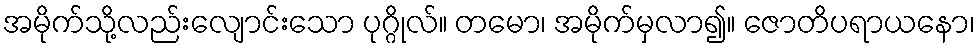
အမိုက်သို့လည်းလျောင်းသော ပုဂ္ဂိုလ်။ တမော၊ အမိုက်မှလာ၍။ ဇောတိပရာယနော၊